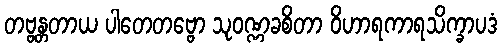
တဗ္ဗန္တတာယ ပါတေတဗ္ဗော သုဝဏ္ဏခစိတာ ဝိဟာရကာရသိက္ခာပဒံ